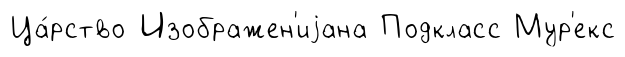
Ца́рство Изображен'иjана Подкласс Мур'екс